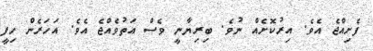
ފެށިއްޖެ އެވެ. އިރުކޮށެއް ނުވެ. ބިރިޔާނީ ވެސް އަތުވެއްޖެ އެވެ. އަހަރެން ހިފީ